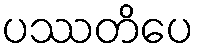
ပဿတိပေ